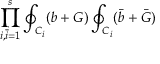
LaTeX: \prod _ { i , { \bar { i } } = 1 } ^ { s } \oint _ { C _ { i } } ( b + G ) \oint _ { C _ { i } } ( { \bar { b } } + { \bar { G } } )